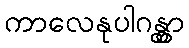
ကာလေနုပါဂန္တွာ